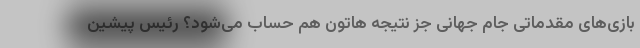
بازی‌های مقدماتی جام جهانی جز نتیجه هاتون هم حساب می‌شود؟ رئیس پیشین